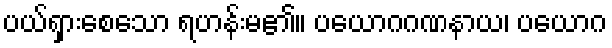
ပယ်ရှားစေသော ရဟန်းမ၏။ ပယောဂဂဏနာယ၊ ပယောဂ